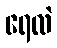
ရေလဲ